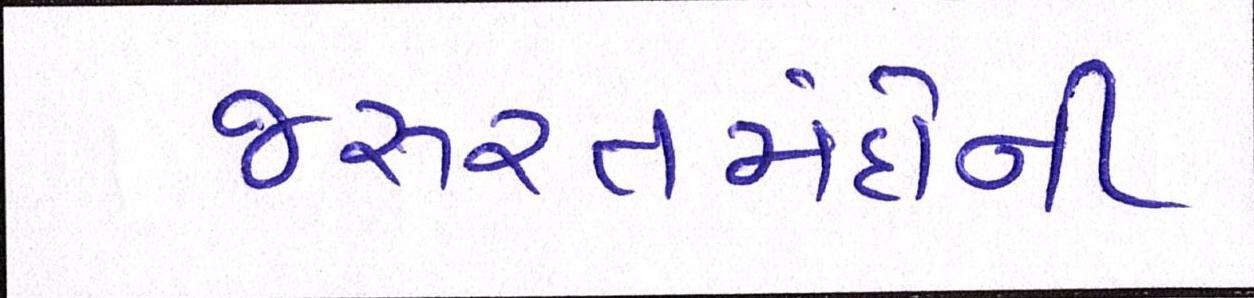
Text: જરૂરતમંદોની